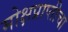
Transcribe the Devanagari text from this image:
मोक्षप्राप्तीचा